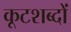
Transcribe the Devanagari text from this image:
कूटशब्दों